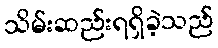
သိမ်းဆည်းရရှိခဲ့သည်